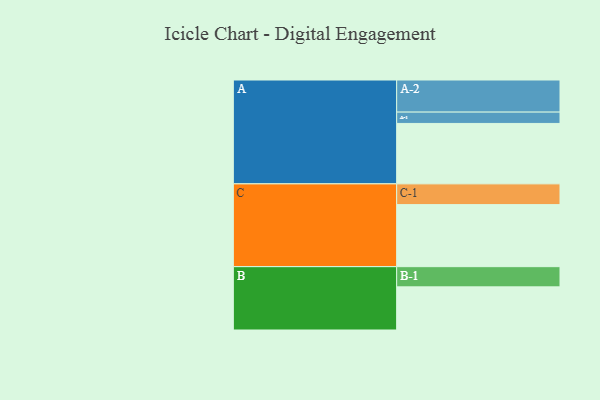
{"axis": {"x": "Segment", "y": "Value"}, "legend": ["", "A", "B", "C"], "data": [{"x": "A", "y": 559, "type": ""}, {"x": "B", "y": 399, "type": ""}, {"x": "C", "y": 574, "type": ""}, {"x": "A-1", "y": 105, "type": "A"}, {"x": "A-2", "y": 297, "type": "A"}, {"x": "B-1", "y": 187, "type": "B"}, {"x": "C-1", "y": 192, "type": "C"}]}